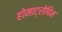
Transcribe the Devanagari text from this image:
होमाट्रोपिन